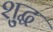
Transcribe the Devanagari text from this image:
शु्द्ध